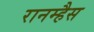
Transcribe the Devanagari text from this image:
रानम्हैस